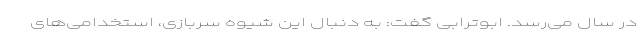
در سال می‌رسد. ابوترابی گفت: به دنبال این شیوه سربازی، استخدامی‌های